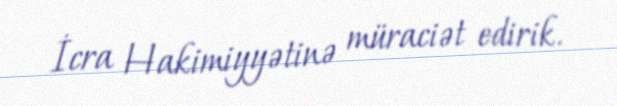
İcra Hakimiyyətinə müraciət edirik.